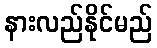
နားလည်နိုင်မည်